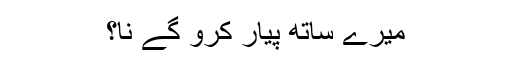
میرے ساتھ پیار کرو گے نا؟